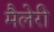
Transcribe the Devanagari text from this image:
मैलेरी